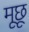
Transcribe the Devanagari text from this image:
मूछू